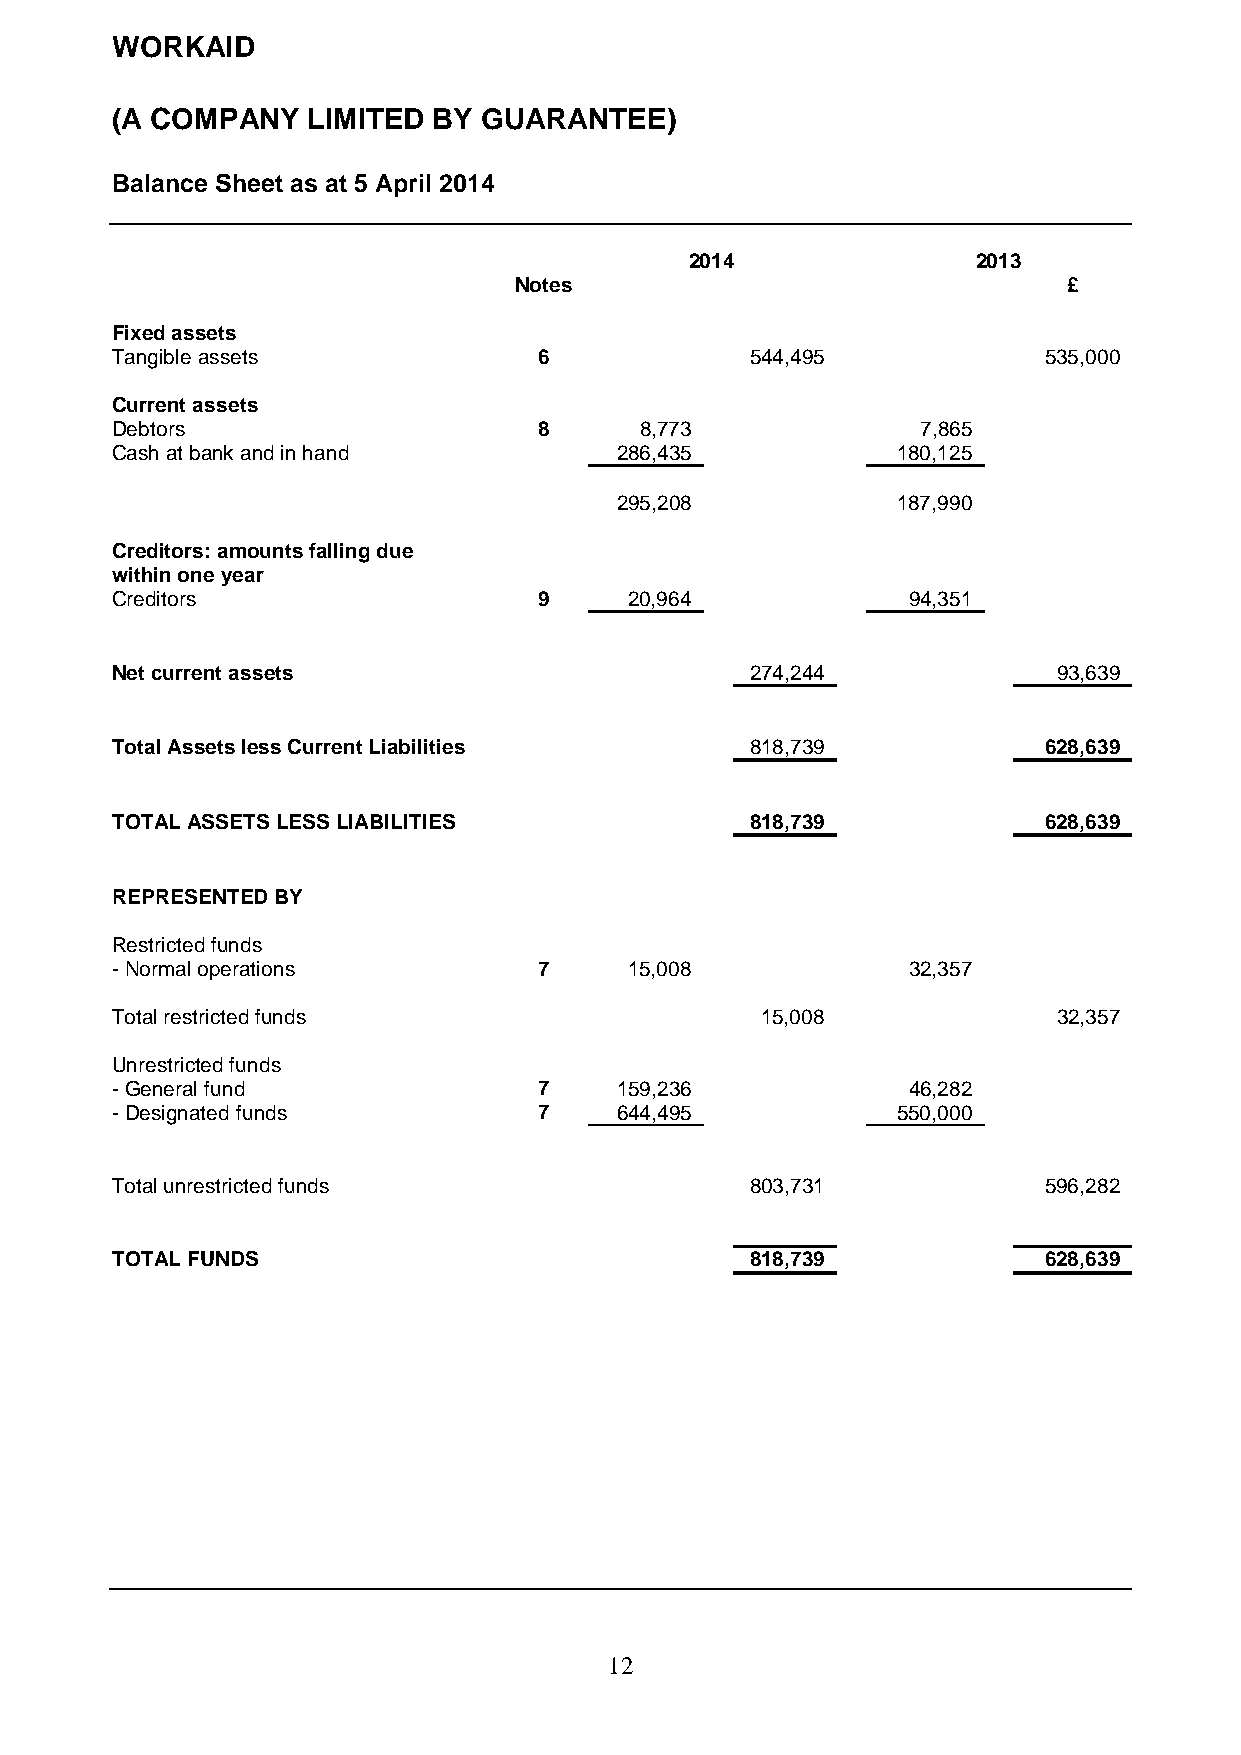
WORKAID
 (A COMPANY   LIMITED  BY GUARANTEE)
 Balance Sheet as at 5 April 2014
 2014               2013
 Notes                                £
 Fixed assets
 Tangible assets              6             544,495            535,000
 Current assets
 Debtors                      8     8,773              7,865
 Cash at bank and in hand          286,435           180,125
 295,208           187,990
 Creditors: amounts falling due
 within one year
 Creditors                    9     20,964            94,351
 Net current assets                         274,244             93,639
 Total Assets less Current Liabilities      818,739            628,639
 TOTAL ASSETS LESS LIABILITIES              818,739            628,639
 REPRESENTED BY
 Restricted funds
 - Normal operations          7     15,008            32,357
 Total restricted funds                     15,008              32,357
 Unrestricted funds
 - General fund               7    159,236            46,282
 - Designated funds           7    644,495           550,000
 Total unrestricted funds                   803,731            596,282
 TOTAL FUNDS                                818,739            628,639
 1 2